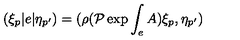
( \xi _ { p } | e | \eta _ { p ^ { \prime } } ) = ( \rho ( { \cal P } \exp { \int _ { e } A } ) \xi _ { p } , \eta _ { p ^ { \prime } } )